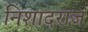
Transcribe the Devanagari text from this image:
निशादराज